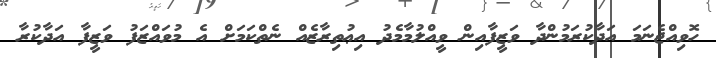
ހޮވިއްޖެނަމަ އަދާކުރަމުންދާ ވަޒީފާއިން ވީއްލުމާމެދު އިޢުތިރާޒެއް ނެތްކަމަށް އެ މުވައްޒަފު ވަޒީފާ އަދާކުރާ